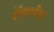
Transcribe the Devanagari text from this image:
देमिरकज़िक